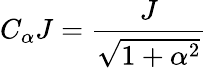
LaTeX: C_{\alpha}J=\frac{J}{\sqrt{1+\alpha^{2}}}